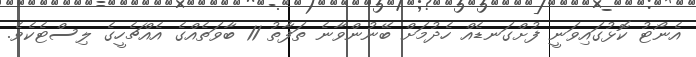
އެނޯޓު ކޮޅުގައިވަނީ ފުށްގަނޑެއް ހެދުމަށް ބޭނުންވާނެ ތަފާތު 11 ބާވަތެއްގެ އެއްޗެހީގެ ލިސްޓެކެވެ.